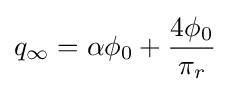
q_{\infty }=\alpha \phi _{0}+{\frac {4\phi _{0}}{\pi _{r}}}